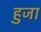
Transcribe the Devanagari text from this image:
हुजा